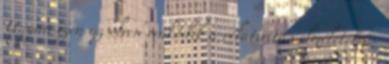
Ugyan ezen az elven működik a relativitás elméletet is.